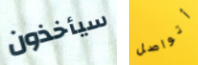
سيأخذون أتواصل